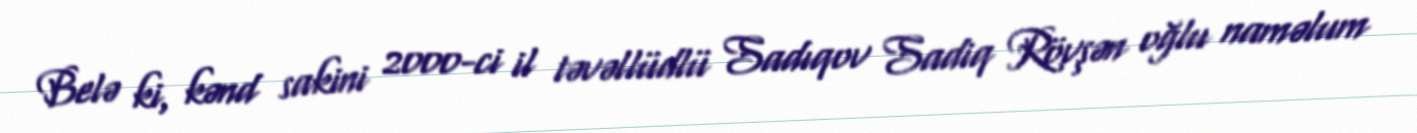
Belə ki, kənd sakini 2000-ci il təvəllüdlü Sadıqov Sadiq Rövşən oğlu naməlum